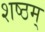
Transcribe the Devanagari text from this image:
शष्ठम्